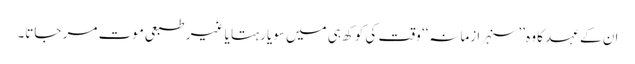
ان کے عہد کا وہ ’’سنہرا زمانہ‘‘ وقت کی کوکھ ہی میں سویا رہتا یا غیر طبعی موت مر جاتا۔